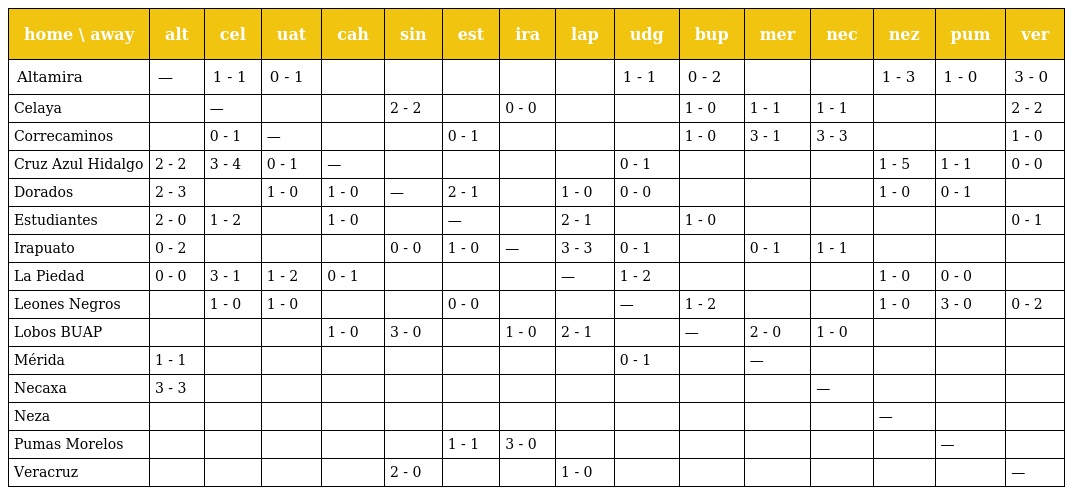
| home \ away | alt | cel | uat | cah | sin | est | ira | lap | udg | bup | mer | nec | nez | pum | ver |
 | --- | --- | --- | --- | --- | --- | --- | --- | --- | --- | --- | --- | --- | --- | --- | --- |
 | Altamira | — | 1 - 1 | 0 - 1 |  |  |  |  |  | 1 - 1 | 0 - 2 |  |  | 1 - 3 | 1 - 0 | 3 - 0 |
 | Celaya |  | — |  |  | 2 - 2 |  | 0 - 0 |  |  | 1 - 0 | 1 - 1 | 1 - 1 |  |  | 2 - 2 |
 | Correcaminos |  | 0 - 1 | — |  |  | 0 - 1 |  |  |  | 1 - 0 | 3 - 1 | 3 - 3 |  |  | 1 - 0 |
 | Cruz Azul Hidalgo | 2 - 2 | 3 - 4 | 0 - 1 | — |  |  |  |  | 0 - 1 |  |  |  | 1 - 5 | 1 - 1 | 0 - 0 |
 | Dorados | 2 - 3 |  | 1 - 0 | 1 - 0 | — | 2 - 1 |  | 1 - 0 | 0 - 0 |  |  |  | 1 - 0 | 0 - 1 |  |
 | Estudiantes | 2 - 0 | 1 - 2 |  | 1 - 0 |  | — |  | 2 - 1 |  | 1 - 0 |  |  |  |  | 0 - 1 |
 | Irapuato | 0 - 2 |  |  |  | 0 - 0 | 1 - 0 | — | 3 - 3 | 0 - 1 |  | 0 - 1 | 1 - 1 |  |  |  |
 | La Piedad | 0 - 0 | 3 - 1 | 1 - 2 | 0 - 1 |  |  |  | — | 1 - 2 |  |  |  | 1 - 0 | 0 - 0 |  |
 | Leones Negros |  | 1 - 0 | 1 - 0 |  |  | 0 - 0 |  |  | — | 1 - 2 |  |  | 1 - 0 | 3 - 0 | 0 - 2 |
 | Lobos BUAP |  |  |  | 1 - 0 | 3 - 0 |  | 1 - 0 | 2 - 1 |  | — | 2 - 0 | 1 - 0 |  |  |  |
 | Mérida | 1 - 1 |  |  |  |  |  |  |  | 0 - 1 |  | — |  |  |  |  |
 | Necaxa | 3 - 3 |  |  |  |  |  |  |  |  |  |  | — |  |  |  |
 | Neza |  |  |  |  |  |  |  |  |  |  |  |  | — |  |  |
 | Pumas Morelos |  |  |  |  |  | 1 - 1 | 3 - 0 |  |  |  |  |  |  | — |  |
 | Veracruz |  |  |  |  | 2 - 0 |  |  | 1 - 0 |  |  |  |  |  |  | — |